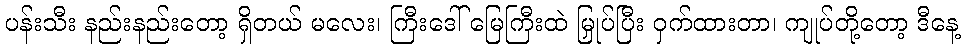
ပန်းသီး နည်းနည်းတော့ ရှိတယ် မလေး၊ ကြီးဒေါ် မြေကြီးထဲ မြှုပ်ပြီး ဝှက်ထားတာ၊ ကျုပ်တို့တော့ ဒီနေ့